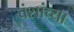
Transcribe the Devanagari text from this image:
वंशांच्या